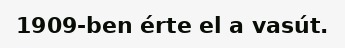
1909-ben érte el a vasút.